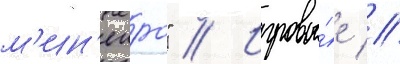
м'ин'еиро" // Игровы́е //